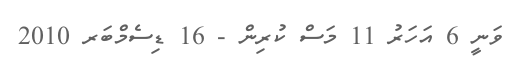
ވަނީ 6 އަހަރު 11 މަސް ކުރިން - 16 ޑިސެމްބަރ 2010